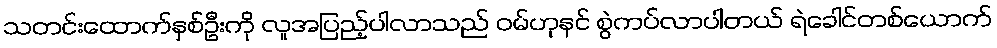
သတင်းထောက်နှစ်ဦးကို လူအပြည့်ပါလာသည် ဝမ်ဟုနင် စွဲကပ်လာပါတယ် ရဲခေါင်တစ်ယောက်